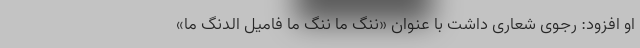
او افزود: رجوی شعاری داشت با عنوان «ننگ ما ننگ ما فامیل الدنگ ما»